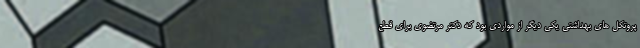
پروتکل های بهداشتی یکی دیگر از مواردی بود که دکتر مرتضوی برای قطع